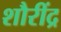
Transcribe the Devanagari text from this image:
शौरींद्र